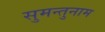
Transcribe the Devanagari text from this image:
सुमन्तुनाम